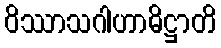
ဝိဿာသဂါဟာဓိဋ္ဌာတိ